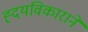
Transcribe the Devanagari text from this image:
ह्दयविकाराने